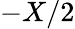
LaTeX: -X/2